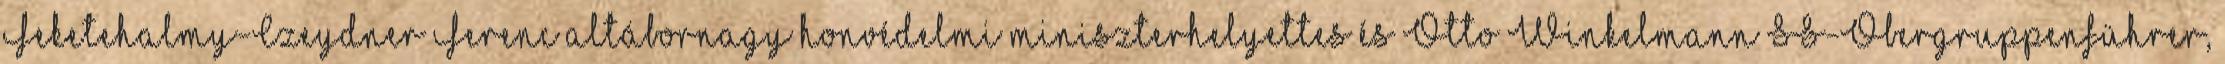
Feketehalmy-Czeydner Ferenc altábornagy honvédelmi miniszterhelyettes és Otto Winkelmann SS-Obergruppenführer,